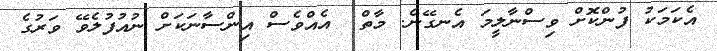
އެކަމަކު ފުންކޮށް ވިސްނާލީމަ އެނގޭނެ. މާތް  އެއްވެސް އިންސާނަކަށް ނުއުފުލެވޭ ވަރުގެ